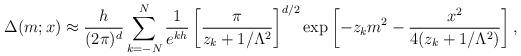
LaTeX: \begin{align*}\Delta(m;x) \approx \frac{h}{(2\pi)^d} \sum_{k=-N}^{N} \frac{1}{e^{kh}} \left[\frac{\pi}{z_k+1/\Lambda^2}\right]^{d/2}\exp\left[-z_km^2 - \frac{x^2}{4(z_k+1/\Lambda^2)}\right],\end{align*}